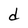
Character: d